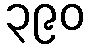
၃၉၀